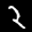
Label: 2